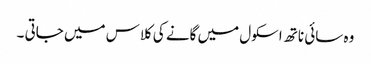
وہ سائی ناتھ اسکول میں گانے کی کلاس میں جاتی ۔